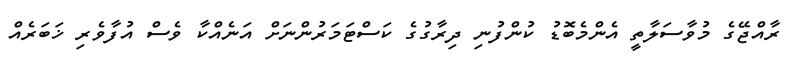
ރާއްޖޭގެ މުވާސަލާތީ އެންމެބޮޑު ކުންފުނި ދިރާގުގެ ކަސްޓަމަރުންނަށް އަނެއްކާ ވެސް އުފާވެރި ޚަބަރެއް